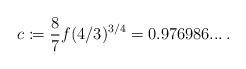
LaTeX: \begin{align*}c \coloneqq \frac{8}{7} f(4/3)^{3/4} = 0.976986... \,.\end{align*}